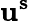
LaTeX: \mathbf{u^{s}}